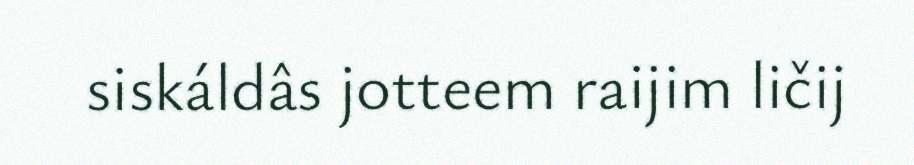
siskáldâs jotteem raijim ličij